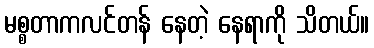
မစ္စတာကလင်တန် နေတဲ့ နေရာကို သိတယ်။